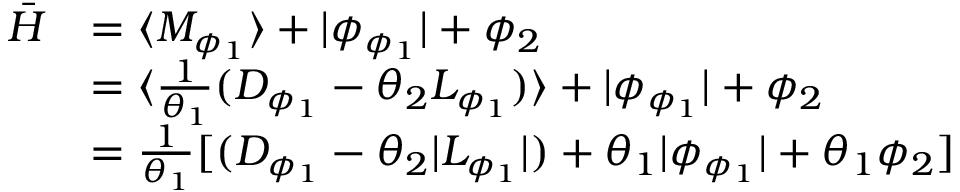
\begin{array} { r l } { \bar { H } } & { = \langle M _ { \phi _ { 1 } } \rangle + \lvert \phi _ { \phi _ { 1 } } \rvert + \phi _ { 2 } } \\ & { = \langle \frac { 1 } { \theta _ { 1 } } ( D _ { \phi _ { 1 } } - \theta _ { 2 } L _ { \phi _ { 1 } } ) \rangle + \lvert \phi _ { \phi _ { 1 } } \rvert + \phi _ { 2 } } \\ & { = \frac { 1 } { \theta _ { 1 } } [ ( D _ { \phi _ { 1 } } - \theta _ { 2 } \lvert L _ { \phi _ { 1 } } \rvert ) + \theta _ { 1 } \lvert \phi _ { \phi _ { 1 } } \rvert + \theta _ { 1 } \phi _ { 2 } ] } \end{array}